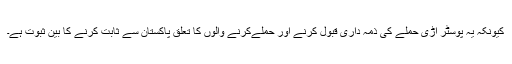
کیونکہ یہ پوسٹر اڑی حملے کی ذمہ داری قبول کرنے اور حملےکرنے والوں کا تعلق پاکستان سے ثابت کرنے کا بین ثبوت ہے۔